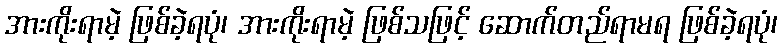
အားကိုးရာမဲ့ ဖြစ်ခဲ့ရပုံ၊ အားကိုးရာမဲ့ ဖြစ်သဖြင့် ဆောက်တည်ရာမရ ဖြစ်ခဲ့ရပုံ၊